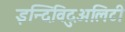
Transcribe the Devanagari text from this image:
इन्दिविदुअलिटी